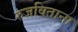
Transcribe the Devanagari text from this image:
रुजविताना